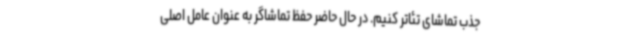
جذب تماشای تئاتر کنیم. در حال حاضر حفظ تماشاگر به عنوان عامل اصلی